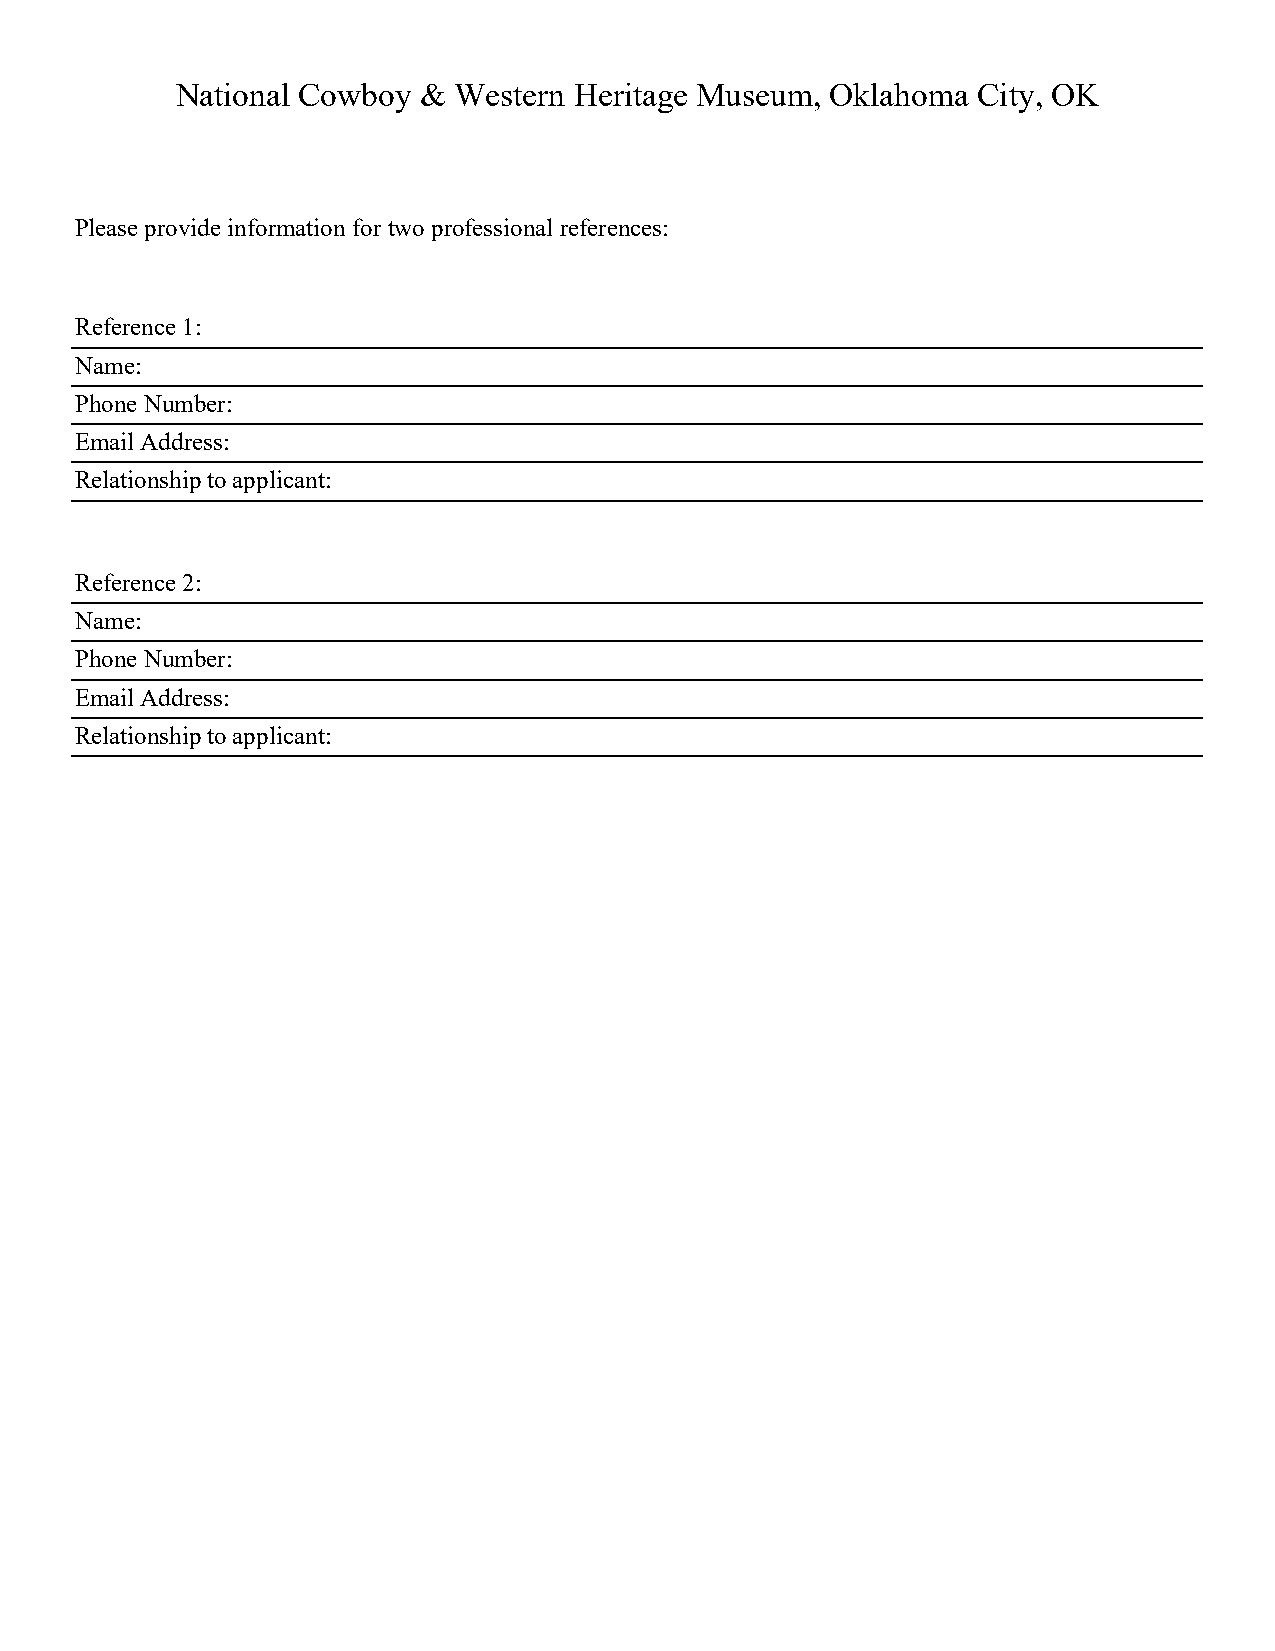
National Cowboy & Western Heritage Museum, Oklahoma  City, OK
 Please provide information for two professional references:
 Reference 1:
 Name:
 Phone Number:
 Email Address:
 Relationship to applicant:
 Reference 2:
 Name:
 Phone Number:
 Email Address:
 Relationship to applicant: